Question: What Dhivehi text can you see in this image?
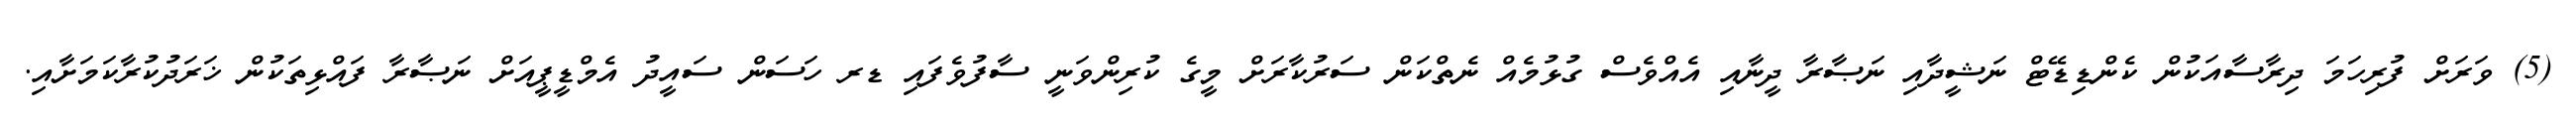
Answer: (5) ވަރަށް ފުރިހަމަ ދިރާސާއަކުން ކެންޑިޑޭޓް ނަޝީދާއި ނަޞާރާ ދީނާއި އެއްވެސް ގުޅުމެއް ނެތްކަން ސަރުކާރަށް މީގެ ކުރިންވަނީ ސާފުވެފައި ޑރ ހަސަން ސައީދު އެމްޑީޕީއަށް ނަޞާރާ ފައްޅިތަކުން ޚަރަދުކުރާކަމަށާއި.